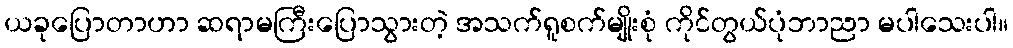
ယခုပြောတာဟာ ဆရာမကြီးပြောသွားတဲ့ အသက်ရူစက်မျိုးစုံ ကိုင်တွယ်ပုံဘာညာ မပါသေးပါ။